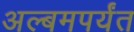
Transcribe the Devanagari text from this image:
अल्बमपर्यंत